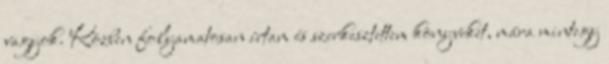
vagyok. Közben folyamatosan írtam és szerkesztettem könyveket, mára mintegy